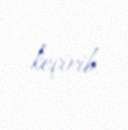
keçirib.